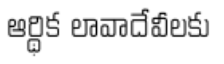
ఆర్థిక లావాదేవీలకు